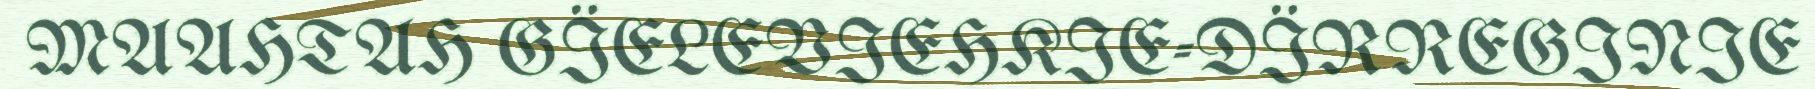
MAAHTAH GÏELEVIEHKIE-DÏRREGINIE